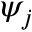
\psi _ { j }